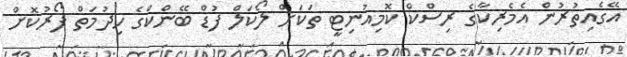
އޭގެއިތުރުން އެމެރިކާގެ ރިސްކް ކޮމިއުނިޓީ ތަކަށް ލޯކަލް ފުޑް ބޭންކްގެ ހިދުމަތް ފޯރުކޮށް